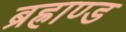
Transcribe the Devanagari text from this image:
ब्रह्राण्ड